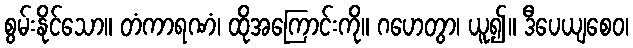
စွမ်းနိုင်သော။ တံကာရဏံ၊ ထိုအကြောင်းကို။ ဂဟေတွာ၊ ယူ၍။ ဒီပေယျစေဝ၊